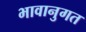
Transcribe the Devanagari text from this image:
भावानुगत